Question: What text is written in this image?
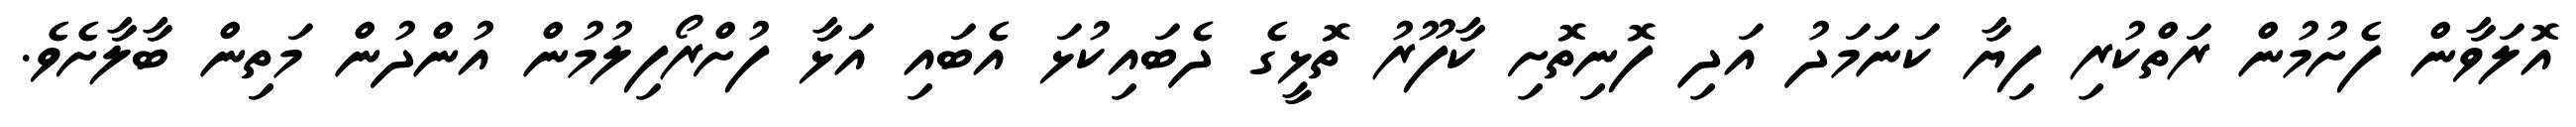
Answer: އޮލަވާން ފެށުމުން ރަތްކުރި ފިޔާ ކަނަމަދު އަދި ފޮނިތޮށި ކާފޫރު ތޮޅީގެ ދެބައިކުޅަ އެބައި އަޅާ ފުށްރޯފިލުމުން އުންދުން މަތިން ބާލާށެވެ.